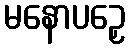
မနောပဉှေ